Scottish Leaving Certificate Examination, 1954
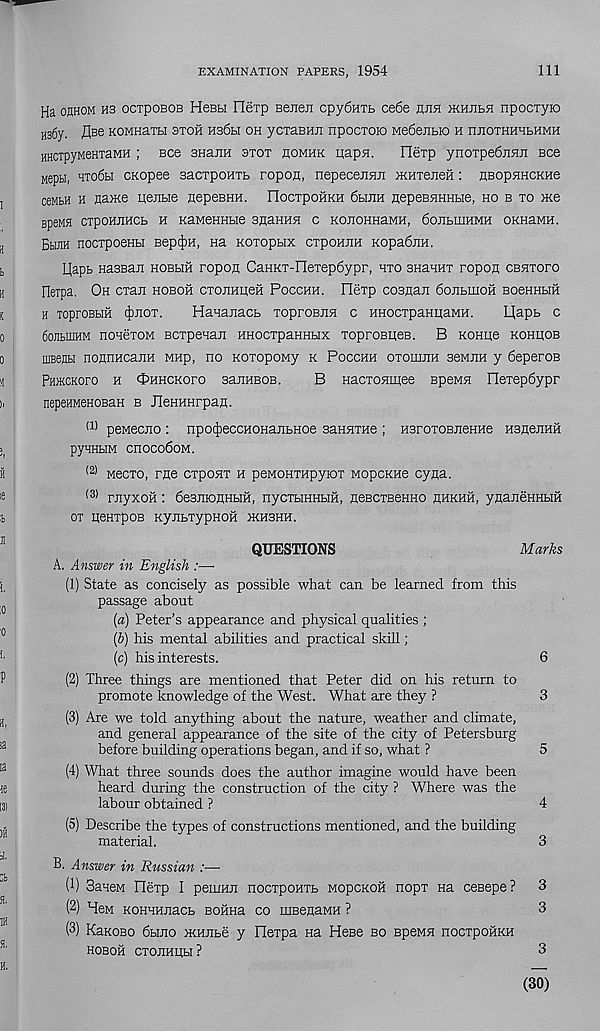
EXAMINATION PAPERS, 1954
111
Ha ohhom H3 ocxpoBOB HeBbi OeTp Beneii cpy6nTb ce6e hjih >KHJib5i npocxyio
H 36y. flse KOMHaxbi bxoh h36h oh ycxaBHii npocxoio Me6ejibio h nnoxHHHbHMH
HHCipyMSHxamh ; Bee auam axox homhk uapn.
Flexp ynoxpe6ji5ui Bee
jjepH, hto6h CKopee sacxpoHXb ropon, nepecenHii iKHxejieii: HBopHHCKHe
ceMbH h na>Ke pejibie nepeBHH. nocxpoHKH 6hjih HepeBHHHbie, ho b to me
BpeMH CipOHJIHCb H KaMeHHbie SHaHHH C KOJIOHHaMH, 6oEbIHHMH OKHaMH.
BbiJiH nocxpoenbi BepcJ)n, Ha Koxopbix cxponnH Kopa6iiH.
L[apb Hassaxi hobhh ropon CaHKT-nexep6ypr, hto 3HaHHx ropon cehtopo
Heipa. Oh cxait hoboh cxoiiHiieH Pocchh. Oexp cosnan 6ojibmoH BoeHHbiH
h ToproBbm (J)noT.
Hanajiacb xoproBjin c HHOCxpaniiaMH.
L[apb c
6oj]biiiHM nonexoM BcxpeHaii HHOCxpanHbix xoproBiieB. B KOHiie kohuob
mBeflbi nonnHcajiH MHp, no KoxopoMy k Pocchh otoiiijih scmeh y 6eperoB
PH)KCKoro h cpHHCKoro saiiHBOB.
B HacxoHiiiee BpeMH nexep6ypr
nepeHMenoBaH b JleHHHrpan.
(1) peMecno : npotJjeccHOHanbHoe sekhthc ; HsroxoBiieHHe HsnenHH
pyHHbiM choco6om.
(2) wecxo, rue cxponx h peMOHTHpyioT wopcKHe cyiia.
(3) niyxoH: fe&noBHuft, nycxbiHHbm, neBCTBenHO hhkhh, ynaneHHbiH
OT IieHTpOB KyjIbTypHOH 1KH3HH.
QUESTIONS
Marks
A. Answer in English :—•
(1) State as concisely as possible what can be learned from this
passage about
{a) Peter’s appearance and physical qualities ;
[h) his mental abilities and practical skill;
(c) his interests.
6
(2) Three things are mentioned that Peter did on his return to
promote knowledge of the West. What are they ?
3
(3) Are we told anything about the nature, weather and climate,
and general appearance of the site of the city of Petersburg
before building operations began, and if so, what ?
5
(4) What three sounds does the author imagine would have been
heard during the construction of the city ? Where was the
labour obtained ?
4
(5) Describe the types of constructions mentioned, and the building
material.
3
B. Answer in Russian :—
(1) SaneM Hexp I peiium nocxpoHXb mopckoh nopx na cesepe? 3
(2) HeM KOHHHJiaCb BOHHa co HiBenaMH ?
3
(3) KaKOBo 6bmo iKHiibe y Hexpa he Hese bo speMH nocxpoiiKH
HOBOH CTOJIHIIbl ?
3
(30)